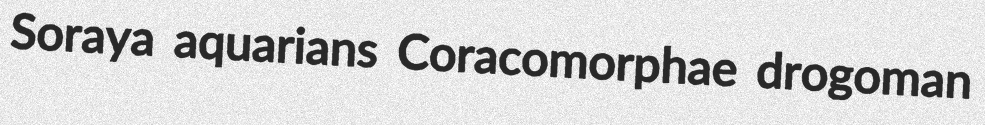
Soraya aquarians Coracomorphae drogoman